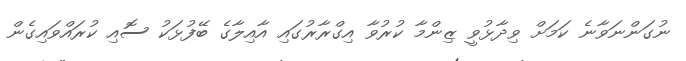
ނުގަންނަވާނެ ކަމަށް ވިދާޅުވީ ޒިންމާ ކުރުވާ އިގްރާރުގައި އާއިލާގެ ބޭފުޅަކު ސޮއި ކުރައްވައިގެން